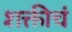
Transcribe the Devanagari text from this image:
शक्तीचं